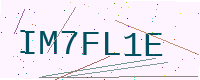
Text: IM7FL1E